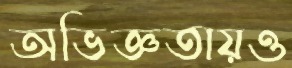
অভিজ্ঞতায়ও